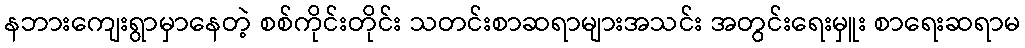
နဘားကျေးရွာမှာနေတဲ့ စစ်ကိုင်းတိုင်း သတင်းစာဆရာများအသင်း အတွင်းရေးမှူး စာရေးဆရာမ